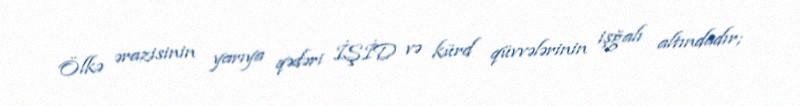
Ölkə ərazisinin yarıya qədəri İŞİD və kürd qüvvələrinin işğalı altındadır;